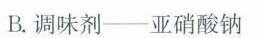
B.调味剂——亚硝酸钠